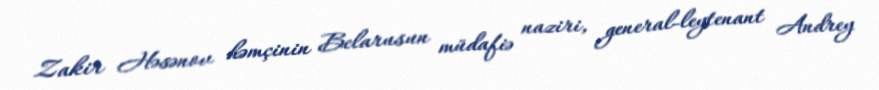
Zakir Həsənov həmçinin Belarusun müdafiə naziri, general-leytenant Andrey